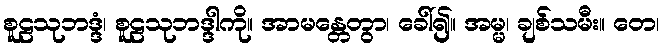
စူဠသုဘဒ္ဒံ၊ စူဠသုဘဒ္ဒါကို။ အာမန္တေတွာ၊ ခေါ်၍။ အမ္မ၊ ချစ်သမီး။ တေ၊